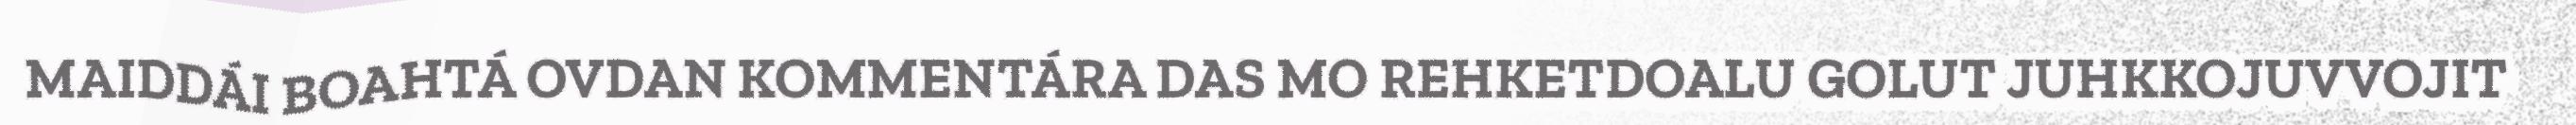
MAIDDÁI BOAHTÁ OVDAN KOMMENTÁRA DAS MO REHKETDOALU GOLUT JUHKKOJUVVOJIT